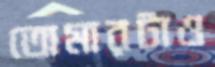
তোমারটাও